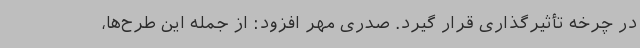
در چرخه تأثیرگذاری قرار گیرد. صدری مهر افزود: از جمله این طرح‌ها،